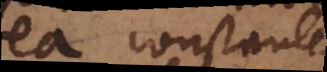
ea constanter